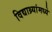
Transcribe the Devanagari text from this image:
विद्याथ्र्यांमध्ये